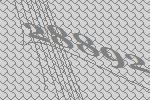
28892